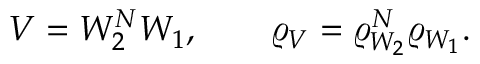
V = W _ { 2 } ^ { N } W _ { 1 } , \qquad \varrho _ { V } = \varrho _ { W _ { 2 } } ^ { N } \varrho _ { W _ { 1 } } .